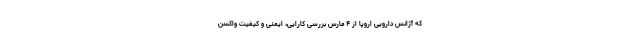
که آژانس دارویی اروپا از ۴ مارس بررسی کارایی، ایمنی و کیفیت واکسن